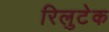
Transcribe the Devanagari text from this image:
रिलुटेक